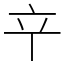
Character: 䇂